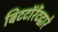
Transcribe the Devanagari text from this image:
बिटटॉरेंटद्वारे